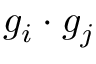
g _ { i } \cdot g _ { j }